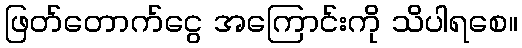
ဖြတ်တောက်ငွေ အကြောင်းကို သိပါရစေ။